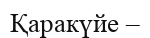
Қаракүйе –